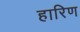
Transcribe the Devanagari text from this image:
हारिण